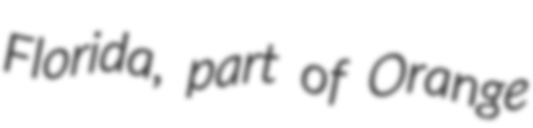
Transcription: Florida, part of Orange